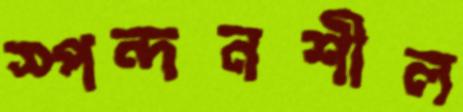
স্পন্দনশীল